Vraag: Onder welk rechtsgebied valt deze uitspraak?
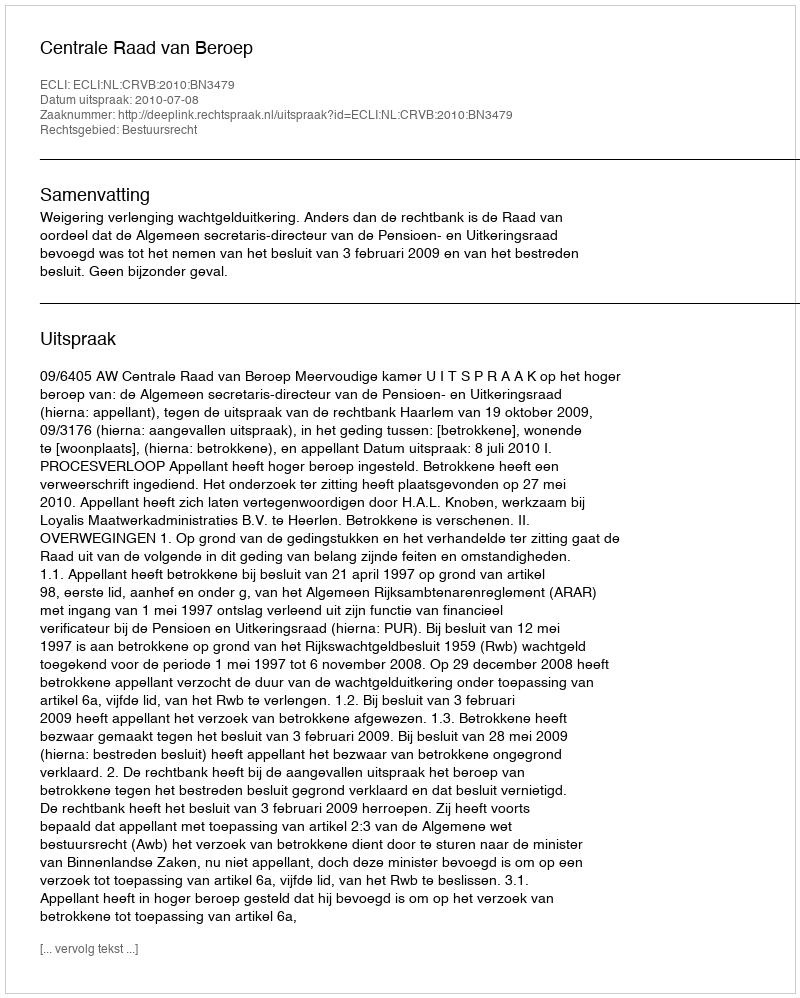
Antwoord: Bestuursrecht